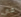
في